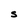
Character: S